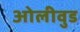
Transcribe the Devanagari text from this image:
ओलीवुड